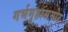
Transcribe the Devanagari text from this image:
गर्भगृहासमोर